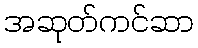
အဆုတ်ကင်ဆာ